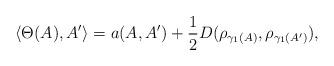
LaTeX: \begin{align*} \langle\Theta(A),A' \rangle=a(A,A')+\frac 12 D(\rho_{\gamma_1(A)},\rho_{\gamma_1(A')}),\end{align*}